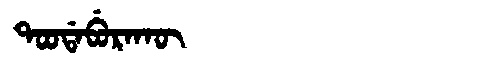
Manchu: ᡨᠣᠣᡩᠠᠪᡠᡵᠠᡴᡡ
Romanization: TOODABURAKŪ